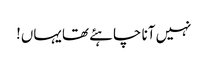
نہیں آنا چاہئے تھا یہاں!